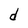
Character: d